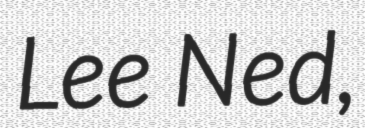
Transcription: Lee Ned,